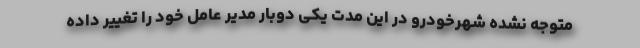
متوجه نشده شهرخودرو در این مدت یکی دوبار مدیر عامل خود را تغییر داده